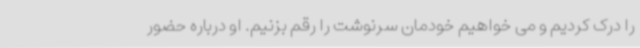
را درک کردیم و می خواهیم خودمان سرنوشت را رقم بزنیم. او درباره حضور